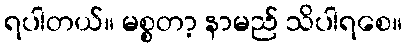
ရပါတယ်။ မစ္စတာ့ နာမည် သိပါရစေ။